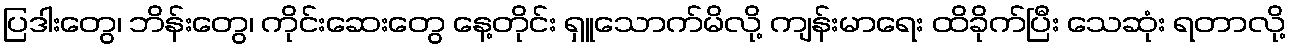
ပြဒါးတွေ၊ ဘိန်းတွေ၊ ကိုင်းဆေးတွေ နေ့တိုင်း ရှူသောက်မိလို့ ကျန်းမာရေး ထိခိုက်ပြီး သေဆုံး ရတာလို့